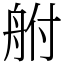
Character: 䑧